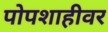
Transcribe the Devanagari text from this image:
पोपशाहीवर